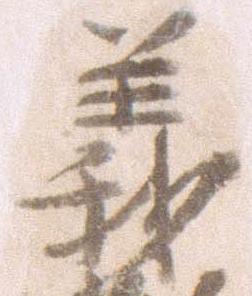
義